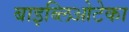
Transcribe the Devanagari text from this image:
बाइब्लिओटेका